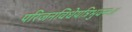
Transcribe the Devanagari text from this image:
परिजनविधेयत्रिभुवनः।।